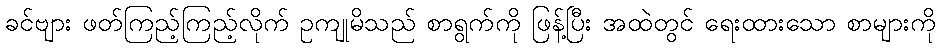
ခင်ဗျား ဖတ်ကြည့်ကြည့်လိုက် ဥကျုမိသည် စာရွက်ကို ဖြန့်ပြီး အထဲတွင် ရေးထားသော စာများကို